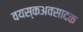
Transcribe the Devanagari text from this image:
वयस्कअवसादक